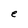
Character: e